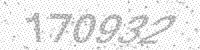
Solution: 170932